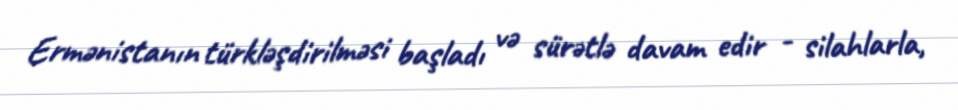
Ermənistanın türkləşdirilməsi başladı və sürətlə davam edir - silahlarla,